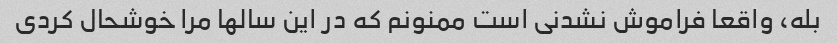
بله، واقعا فراموش نشدنی است ممنونم که در این سالها مرا خوشحال کردی